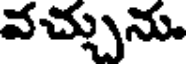
వచ్చును